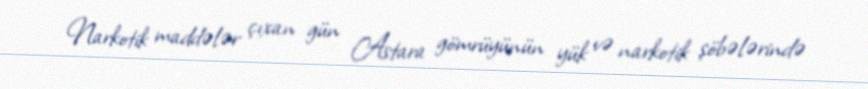
Narkotik maddələr çıxan gün Astara gömrüyünün yük və narkotik şöbələrində